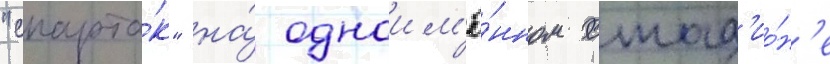
"спарта́к" на́ одноим'ё́нном стад'ио́н'е